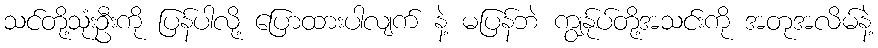
သင်တို့သုံးဦးကို ပြန်ပါလို့ ပြောထားပါလျက် နဲ့ မပြန်ဘဲ ကျွန်ုပ်တို့အသင်းကို အတုအလိမ်နဲ့